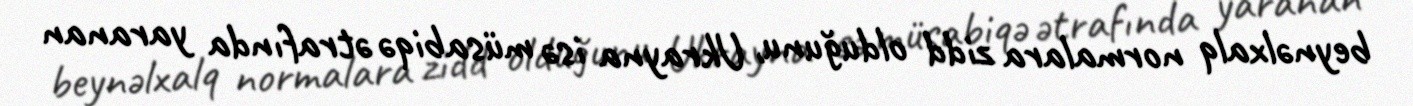
beynəlxalq normalara zidd olduğunu, Ukrayna isə müsabiqə ətrafında yaranan